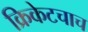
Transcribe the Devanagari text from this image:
क्रिकेटचाच